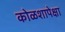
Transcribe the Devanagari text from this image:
कोळशापेक्षा